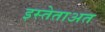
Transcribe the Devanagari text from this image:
इस्तेताअत